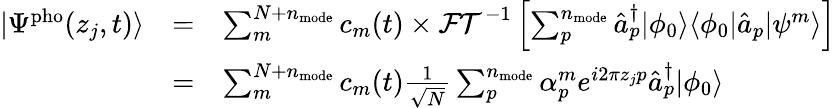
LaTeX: \begin{array}{ccl}{|\Psi^{\mathrm{pho}}(z_{j},t)\rangle}&{=}&{\sum_{m}^{N+n_{\mathrm{mode}}}c_{m}(t)\times\mathcal{FT}^{-1}\left[\sum_{p}^{n_{\mathrm{mode}}}\hat{a}_{p}^{\dagger}|\phi_{0}\rangle\langle\phi_{0}|\hat{a}_{p}|\psi^{m}\rangle\right]}\\ &{=}&{\sum_{m}^{N+n_{\mathrm{mode}}}c_{m}(t)\frac{1}{\sqrt N}\sum_{p}^{n_{\mathrm{mode}}}\alpha_{p}^{m}e^{i2\pi z_{j}p}\hat{a}_{p}^{\dagger}|\phi_{0}\rangle}\end{array}